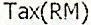
TAX(RM)